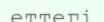
еттегі